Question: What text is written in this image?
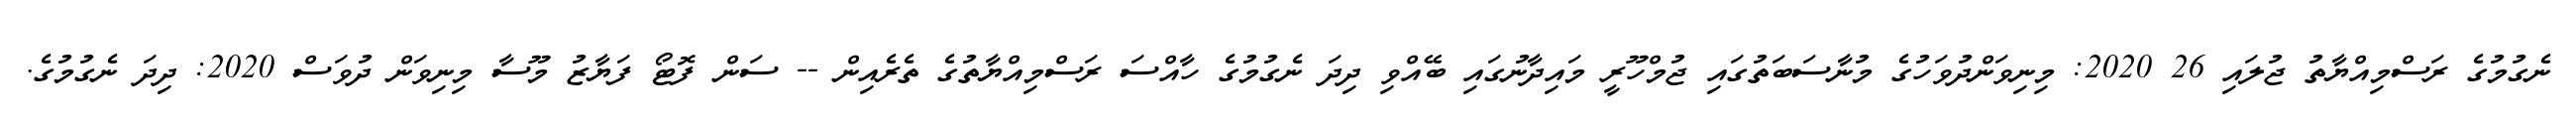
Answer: ނެގުމުގެ ރަސްމިއްޔާތު ޖުލައި 26 2020: މިނިވަންދުވަހުގެ މުނާސަބަތުގައި ޖުމްހޫރީ މައިދާނުގައި ބޭއްވި ދިދަ ނެގުމުގެ ހާއްސަ ރަސްމިއްޔާތުގެ ތެރެއިން -- ސަން ފޮޓޯ ފަޔާޒު މޫސާ މިނިވަން ދުވަސް 2020: ދިދަ ނެގުމުގެ.